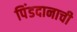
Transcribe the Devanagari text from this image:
पिंडदानाची